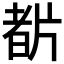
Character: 𤗡